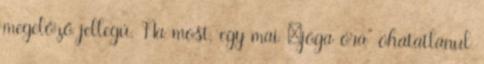
megelőző jellegú. Na most, egy mai „jóga óra” óhatatlanul